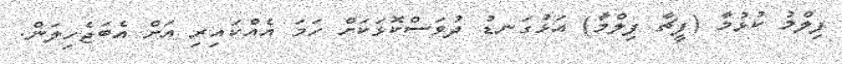
ފިލްމު ކުޅުމާ (ފީޗާ ފިލްމާ) އަޅުގަނޑު ދުވަސްކޮޅަކަށް ހަމަ އެއްކައިރި އަށް އެބަޖެހިލަން.